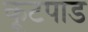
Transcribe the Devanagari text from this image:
कूटपाड